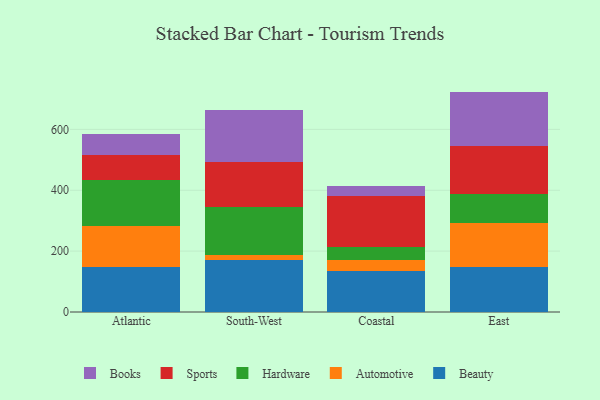
{"axis": {"x": "Region", "y": "Production Output"}, "legend": ["Automotive", "Beauty", "Books", "Hardware", "Sports"], "data": [{"x": "Atlantic", "y": 146.4, "type": "Beauty"}, {"x": "Atlantic", "y": 137.8, "type": "Automotive"}, {"x": "Atlantic", "y": 148.0, "type": "Hardware"}, {"x": "Atlantic", "y": 82.1, "type": "Sports"}, {"x": "Atlantic", "y": 71.9, "type": "Books"}, {"x": "South-West", "y": 170.6, "type": "Beauty"}, {"x": "South-West", "y": 17.3, "type": "Automotive"}, {"x": "South-West", "y": 157.3, "type": "Hardware"}, {"x": "South-West", "y": 146.7, "type": "Sports"}, {"x": "South-West", "y": 171.4, "type": "Books"}, {"x": "Coastal", "y": 133.7, "type": "Beauty"}, {"x": "Coastal", "y": 36.2, "type": "Automotive"}, {"x": "Coastal", "y": 44.4, "type": "Hardware"}, {"x": "Coastal", "y": 166.7, "type": "Sports"}, {"x": "Coastal", "y": 32.3, "type": "Books"}, {"x": "East", "y": 147.4, "type": "Beauty"}, {"x": "East", "y": 146.2, "type": "Automotive"}, {"x": "East", "y": 93.8, "type": "Hardware"}, {"x": "East", "y": 157.8, "type": "Sports"}, {"x": "East", "y": 179.0, "type": "Books"}]}